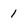
Character: 1